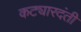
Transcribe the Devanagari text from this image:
कट्यारदंती